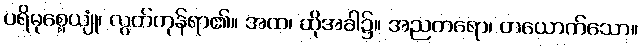
ပရိမုစ္စေယျုံ၊ လွတ်ကုန်ရာ၏။ အထ၊ ထိုအခါ၌။ အညတရော၊ တယောက်သော။